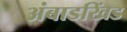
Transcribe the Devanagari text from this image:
अंबाडखिंड